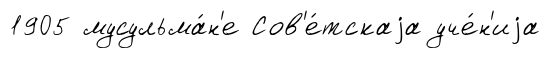
1905 мусульма́н'е Сов'е́тскаjа уче́н'иjа